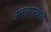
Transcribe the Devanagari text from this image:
अनल्पप्रबोध